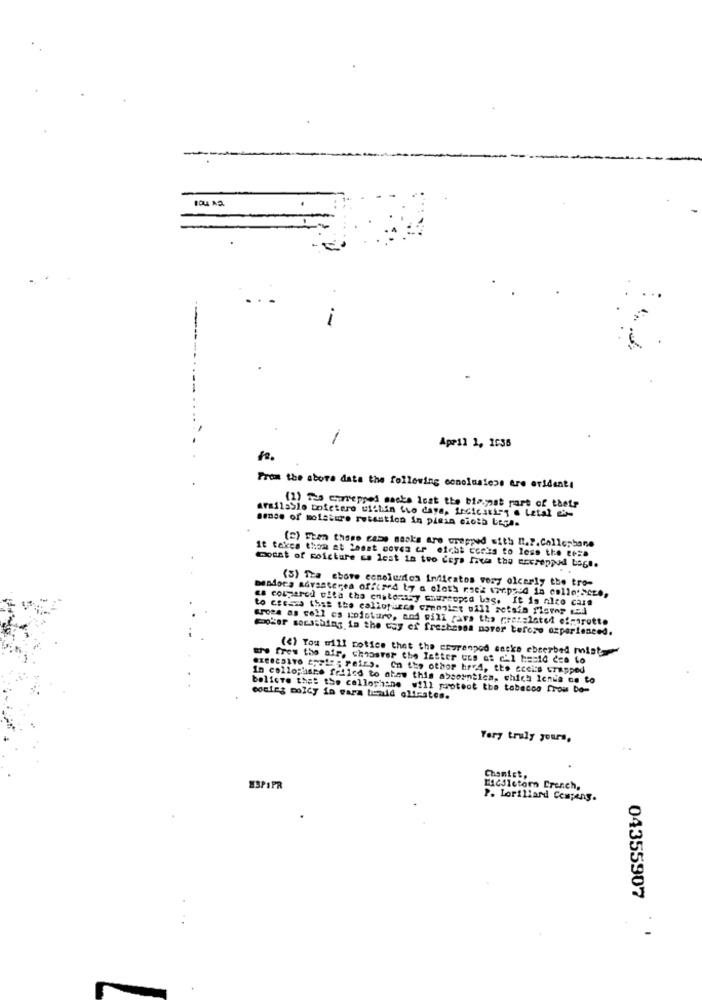
April 1, 1035
From the above data the following conoluslese are evidenti
(1) ma cartepped sacks lost the bispost part of thetr
sense of moisture retention in piein cioth Lege.
available tofetere within the days, Indicati" . Letal -
(c) Eren those cabe masks are wrapped with I.P.Collorbane
it takes thom at least coves er eichi cocks to less the ce=a
monat of moicture ca lest in two Ceya Inte the ercreppod bagl.
(3) The above conelendes indicates very olcarly the tro-
Deadora advanterea offered ty a cloth nsek www.paed in collo:Scre,
as compared ofta the enstorasy churcoped les. It is nico care
to csesis this the callofizce crosist oill setsin fisvor Ezd
gross as coll es moisture, and will ava tha pean=lated efcarotte
Cooker sorsthing in the tay of freshasoa noter teforo experienced.
(4) You will notice that the corranpod sacks ebeerbed mulat
are fres the air, chooster the letter Ges et c'l hasid des to
818825176 2;215; PeiE. On the other hr 4, the cceits wrapped
In collopiske frilcd to obew this absorntica, which Ienia os to
believe that the cellophane will protect the tobacco from bo-
coulez molly in vara tnid oliestes.
Very truly yours,
Chomist,
H3P1PR
14csictorn French,
P. Lorillard Compens.
04355907